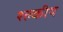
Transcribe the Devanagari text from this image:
श्ल्कीय